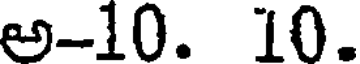
అ-10. 10.